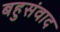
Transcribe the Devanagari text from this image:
बहुसंवाद